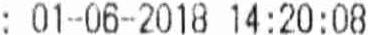
: 01-06-2018 14:20:08